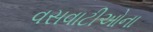
વસવાટીઓના